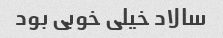
سالاد خیلی خوبی بود